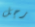
رجل